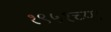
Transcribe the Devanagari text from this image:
१९५१च्या